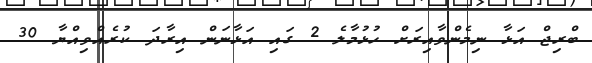
ބްރިޖް އަޅާ ނިމެންވާއިރަށް ހުޅުމާލެ 2 ގައި އަޅާނަން އިރާދަ ކުރެއްވިއްޔާ 30